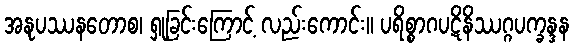
အနုပဿနတောစ၊ ရှုခြင်းကြောင့် လည်းကောင်း။ ပရိစ္စာဂပဋိနိဿဂ္ဂပက္ခန္ဒန